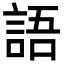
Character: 語